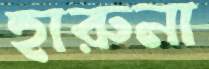
হারুনা